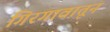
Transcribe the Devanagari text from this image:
गिरगावातून